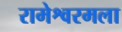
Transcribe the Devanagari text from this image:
रामेश्वरमला